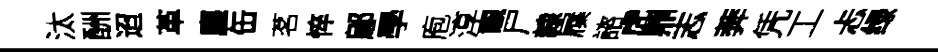
汰酬迢革塵缶茗悴鄔學庖淳覼尸隸屧諮虎鼎志莾凭工忐绿